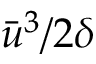
\bar { u } ^ { 3 } / 2 \delta